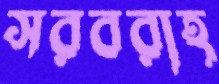
সরবরাহ